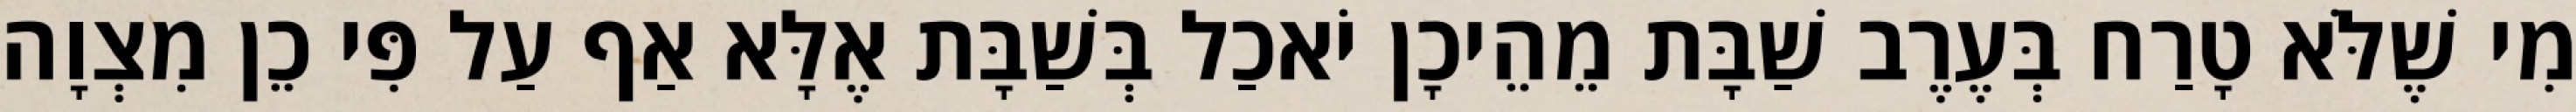
מִי שֶׁלֹּא טָרַח בְּעֶרֶב שַׁבָּת מֵהֵיכָן יֹאכַל בְּשַׁבָּת אֶלָּא אַף עַל פִּי כֵן מִצְוָה